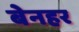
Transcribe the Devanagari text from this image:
बेनहर